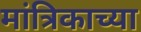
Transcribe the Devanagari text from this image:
मांत्रिकाच्या